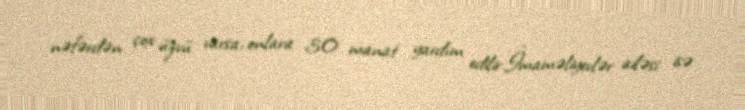
nəfərdən çox üzvü varsa, onlara 30 manat yardım edilir.İmaməliyevlər ailəsi isə